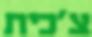
צ'כית